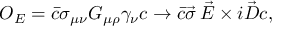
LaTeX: { \cal O } _ { E } = \bar { c } \sigma _ { \mu \nu } G _ { \mu \rho } \gamma _ { \nu } c \rightarrow \bar { c } \vec { \sigma } \, \vec { E } \times i \vec { D } c ,